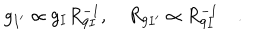
g _ { I ^ { \prime } } \propto g _ { I } R _ { 9 I } ^ { - 1 } , \quad R _ { 9 I ^ { \prime } } \propto R _ { 9 I } ^ { - 1 } \quad .